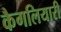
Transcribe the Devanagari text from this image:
कैगलियारी